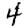
Digit: 4